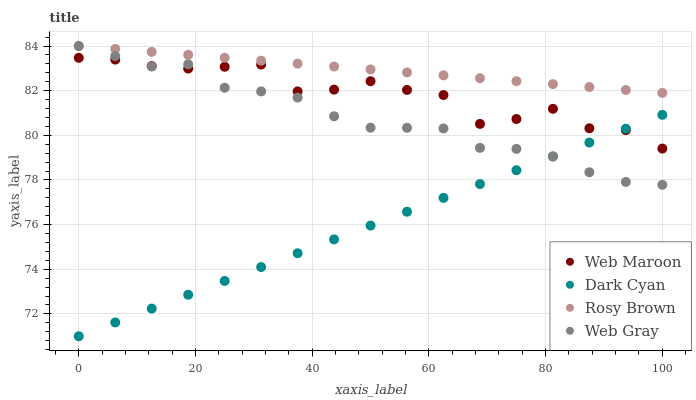
| xaxis_label | Web Maroon | Dark Cyan | Rosy Brown | Web Gray |
 | --- | --- | --- | --- | --- |
 | 0 | 83.5 | 71 | 84 | 84 |
 | 6.25 | 83.4 | 71.6 | 83.9 | 83.5 |
 | 12.5 | 83.1 | 72.2 | 83.7 | 83.1 |
 | 18.8 | 83 | 72.9 | 83.6 | 83.2 |
 | 25 | 83.1 | 73.5 | 83.5 | 82.1 |
 | 31.2 | 83.2 | 74.1 | 83.3 | 82 |
 | 37.5 | 82 | 74.7 | 83.2 | 81.7 |
 | 43.8 | 82 | 75.3 | 83.1 | 80.9 |
 | 50 | 82.4 | 76 | 83 | 80.3 |
 | 56.2 | 82 | 76.6 | 82.8 | 80.3 |
 | 62.5 | 81.8 | 77.2 | 82.7 | 80.3 |
 | 68.8 | 80.5 | 77.8 | 82.6 | 79.4 |
 | 75 | 80.7 | 78.4 | 82.4 | 79.4 |
 | 81.2 | 81.2 | 79.1 | 82.3 | 79 |
 | 87.5 | 80.3 | 79.7 | 82.2 | 78.3 |
 | 93.8 | 80.2 | 80.3 | 82 | 77.9 |
 | 100 | 79.4 | 80.9 | 81.9 | 77.8 |